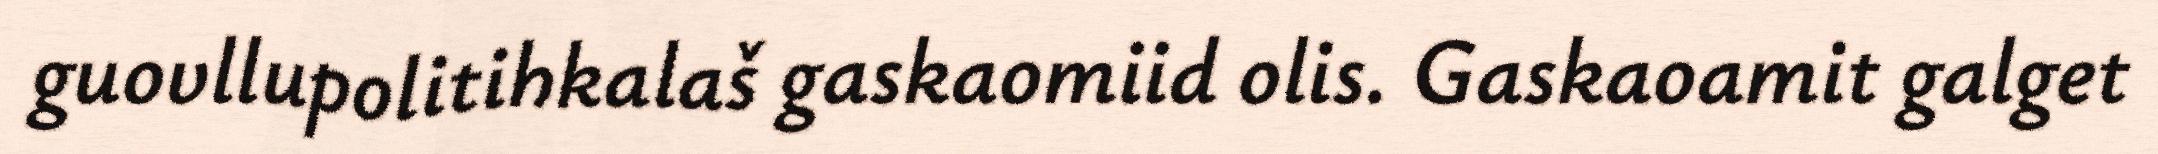
guovllupolitihkalaš gaskaomiid olis. Gaskaoamit galget